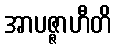
အာပဇ္ဇာဟီတိ